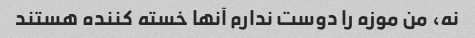
نه، من موزه را دوست ندارم آنها خسته کننده هستند